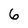
Character: 6